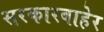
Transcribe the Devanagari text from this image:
सरकारबाहेर